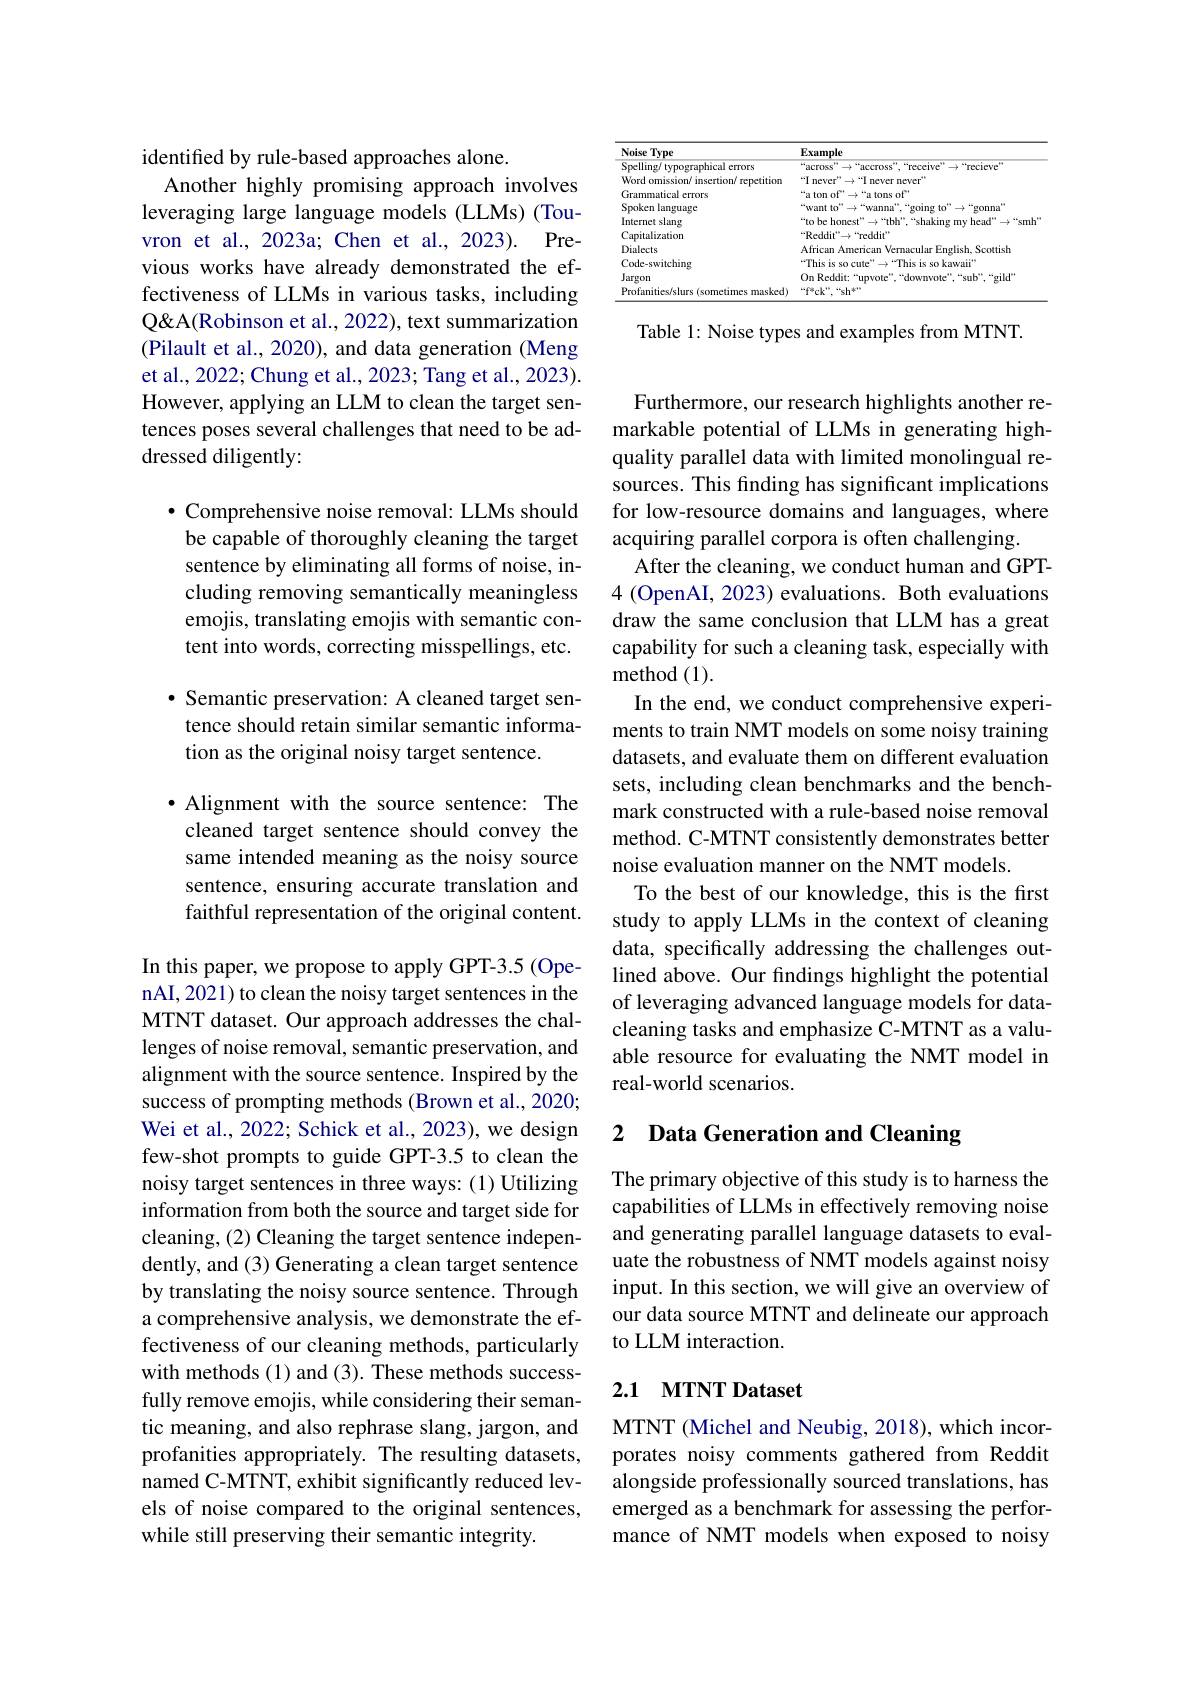
identified by rule-based approaches alone.
Another highly promising approach involves leveraging large language models (LLMs) (Touvron et al., 2023a; Chen et al., 2023). Previous works have already demonstrated the effectiveness of LLMs in various tasks, including Q&A(Robinson et al., 2022), text summarization (Pilault et al., 2020), and data generation (Meng et al., 2022; Chung et al., 2023; Tang et al., 2023). However, applying an LLM to clean the target sentences poses several challenges that need to be addressed diligently:

$\bullet$ Comprehensive noise removal: LLMs should be capable of thoroughly cleaning the target sentence by eliminating all forms of noise, including removing semantically meaningless emojis, translating emojis with semantic content into words, correcting misspellings, etc.

· Semantic preservation: A cleaned target sentence should retain similar semantic information as the original noisy target sentence.

$\bullet$ Alignment with the source sentence: The cleaned target sentence should convey the same intended meaning as the noisy source sentence, ensuring accurate translation and faithful representation of the original content.

In this paper, we propose to apply GPT-3.5 (OpenAI, 2021) to clean the noisy target sentences in the MTNT dataset. Our approach addresses the challenges of noise removal, semantic preservation, and alignment with the source sentence. Inspired by the success of prompting methods (Brown et al., 2020; Wei et al., 2022; Schick et al., 2023), we design few-shot prompts to guide GPT-3.5 to clean the noisy target sentences in three ways: (1) Utilizing information from both the source and target side for cleaning, (2) Cleaning the target sentence independently, and (3) Generating a clean target sentence by translating the noisy source sentence. Through a comprehensive analysis, we demonstrate the effectiveness of our cleaning methods, particularly with methods (1) and (3). These methods successfully remove emojis, while considering their semantic meaning, and also rephrase slang, jargon, and profanities appropriately. The resulting datasets, named C-MTNT, exhibit significantly reduced levels of noise compared to the original sentences, while still preserving their semantic integrity.

<table>
	<tbody>
		<tr>
			<th>Noise Type</th>
			<th>Example</th>
		</tr>
		<tr>
			<td>Spelling/ typographical errors</td>
			<td> </td>
		</tr>
		<tr>
			<td>Word omission/ insertion/ repetition</td>
			<td>-2+1 neve never</td>
		</tr>
		<tr>
			<td>Grammatical errors</td>
			<td>'a ton $nf$ 771 tons $s_{\mathrm{of}}^{\mathrm{s+}}$</td>
		</tr>
		<tr>
			<td>Spoken language</td>
			<td>-4 want conna</td>
		</tr>
		<tr>
			<td>Internet slang</td>
			<td>'ta sm</td>
		</tr>
		<tr>
			<td>Capitalization</td>
			<td>$reddit^{*}$ $^{-}\mathrm{Reddir}^{-}$</td>
		</tr>
		<tr>
			<td>Dialects</td>
			<td>Africap American Veman Scottish inelish .</td>
		</tr>
		<tr>
			<td>Code-switching</td>
			<td>TThis kawaii 1</td>
		</tr>
		<tr>
			<td>Jargon</td>
			<td>On Red qild</td>
		</tr>
		<tr>
			<td>Profanities/slurs (sometimes masked)</td>
			<td>$\because42$</td>
		</tr>
	</tbody>
</table>

Table 1: Noise types and examples from MTNT.

Furthermore, our research highlights another remarkable potential of LLMs in generating highquality parallel data with limited monolingual resources. This finding has significant implications for low-resource domains and languages, where acquiring parallel corpora is often challenging.
After the cleaning, we conduct human and GPT- 4 (OpenAI, 2023) evaluations. Both evaluations draw the same conclusion that LLM has a great capability for such a cleaning task, especially with method (1).
In the end, we conduct comprehensive experiments to train NMT models on some noisy training datasets, and evaluate them on different evaluation sets, including clean benchmarks and the benchmark constructed with a rule-based noise removal method. C-MTNT consistently demonstrates better noise evaluation manner on the NMT models.
To the best of our knowledge, this is the first study to apply LLMs in the context of cleaning data, specifically addressing the challenges outlined above. Our findings highlight the potential of leveraging advanced language models for datacleaning tasks and emphasize C-MTNT as a valuable resource for evaluating the NMT model in real-world scenarios.

## 2 Data Generation and Cleaning

The primary objective of this study is to harness the capabilities of LLMs in effectively removing noise and generating parallel language datasets to evaluate the robustness of NMT models against noisy input. In this section, we will give an overview of our data source MTNT and delineate our approach to LLM interaction.

## 2.1 MTNT Dataset

MTNT (Michel and Neubig, 2018), which incorporates noisy comments gathered from Reddit alongside professionally sourced translations, has emerged as a benchmark for assessing the performance of NMT models when exposed to noisy